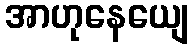
အာဟုနေယျေ